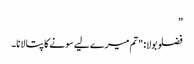
”
فضلو بولا: "تم میرے لیے سونے کا پتا لانا۔